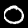
Label: 0